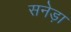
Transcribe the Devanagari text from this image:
सनेड़ा